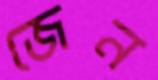
জেন